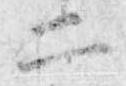
二